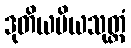
ဒုတိယပိယသုတ္တံ